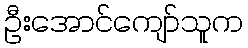
ဦးအောင်ကျော်သူက